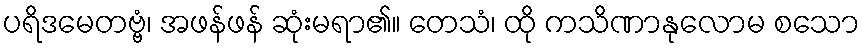
ပရိဒမေတဗ္ဗံ၊ အဖန်ဖန် ဆုံးမရာ၏။ တေသံ၊ ထို ကသိဏာနုလောမ စသော